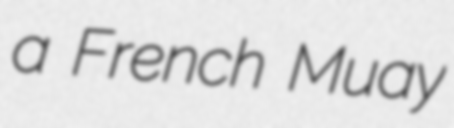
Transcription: a French Muay